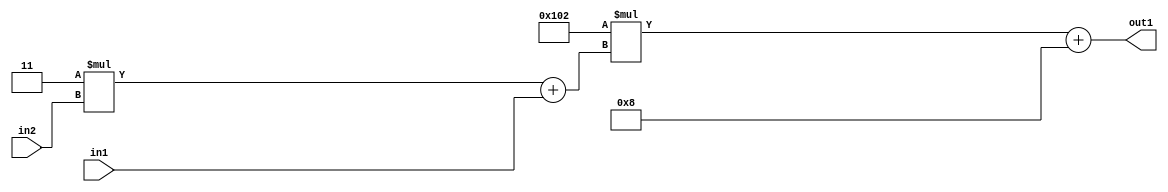
`timescale 1ps / 1ps
/*****************************************************************************
    Verilog RTL Description
    
    
    Created by: Stratus DpOpt 2019.1.01 
*******************************************************************************/

module DC_Filter_Add2i8Mul2i258Add2u1Mul2i3u2_1 (
	in2,
	in1,
	out1
	); /* architecture "behavioural" */ 
input [1:0] in2;
input  in1;
output [11:0] out1;
wire [11:0] asc001;
wire [3:0] asc002;

wire [3:0] asc002_tmp_0;
assign asc002_tmp_0 = 
	+(4'B0011 * in2);
assign asc002 = asc002_tmp_0
	+(in1);

wire [11:0] asc001_tmp_1;
assign asc001_tmp_1 = 
	+(12'B000100000010 * asc002);
assign asc001 = asc001_tmp_1
	+(12'B000000001000);

assign out1 = asc001;
endmodule

/* CADENCE  v7b2Sg0= : u9/ySgnWtBlWxVPRXgAZ4Og= ** DO NOT EDIT THIS LINE ******/